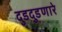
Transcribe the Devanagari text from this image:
दुडदुडणारे